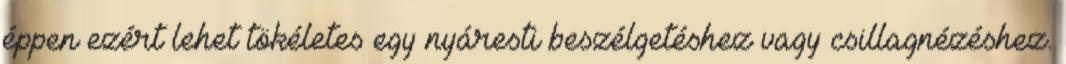
éppen ezért lehet tökéletes egy nyáresti beszélgetéshez vagy csillagnézéshez.